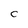
Character: C